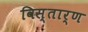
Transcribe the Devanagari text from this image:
विस्तार्ण